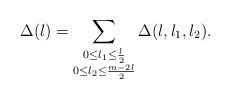
LaTeX: \begin{align*}\Delta(l) = \sum_{\substack{0 \le l_1 \le \frac{l}{2} \\ 0 \le l_2 \le \frac{m-2l}{2}}} \Delta(l,l_1,l_2).\end{align*}